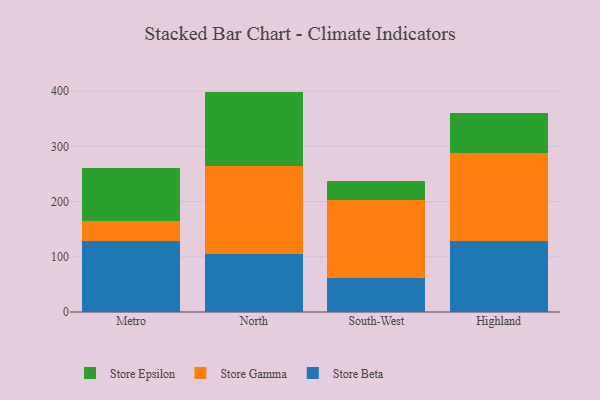
{"axis": {"x": "Region", "y": "Operating Costs (USD K)"}, "legend": ["Store Beta", "Store Epsilon", "Store Gamma"], "data": [{"x": "Metro", "y": 129.5, "type": "Store Beta"}, {"x": "Metro", "y": 35.8, "type": "Store Gamma"}, {"x": "Metro", "y": 95.3, "type": "Store Epsilon"}, {"x": "North", "y": 104.9, "type": "Store Beta"}, {"x": "North", "y": 158.7, "type": "Store Gamma"}, {"x": "North", "y": 135.6, "type": "Store Epsilon"}, {"x": "South-West", "y": 61.5, "type": "Store Beta"}, {"x": "South-West", "y": 141.8, "type": "Store Gamma"}, {"x": "South-West", "y": 33.9, "type": "Store Epsilon"}, {"x": "Highland", "y": 128.8, "type": "Store Beta"}, {"x": "Highland", "y": 159.8, "type": "Store Gamma"}, {"x": "Highland", "y": 72.1, "type": "Store Epsilon"}]}